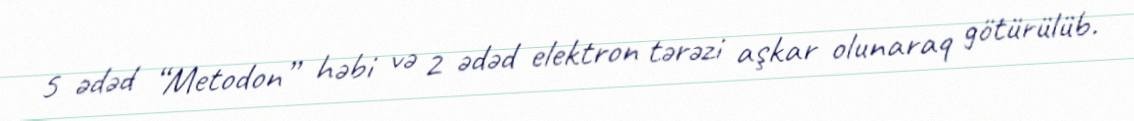
5 ədəd “Metodon” həbi və 2 ədəd elektron tərəzi aşkar olunaraq götürülüb.